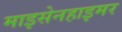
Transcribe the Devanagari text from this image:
माइसेनहाइमर